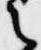
之